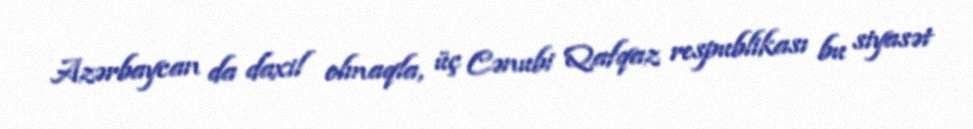
Azərbaycan da daxil olmaqla, üç Cənubi Qafqaz respublikası bu siyasət